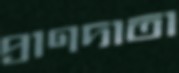
প্রাণদাতা